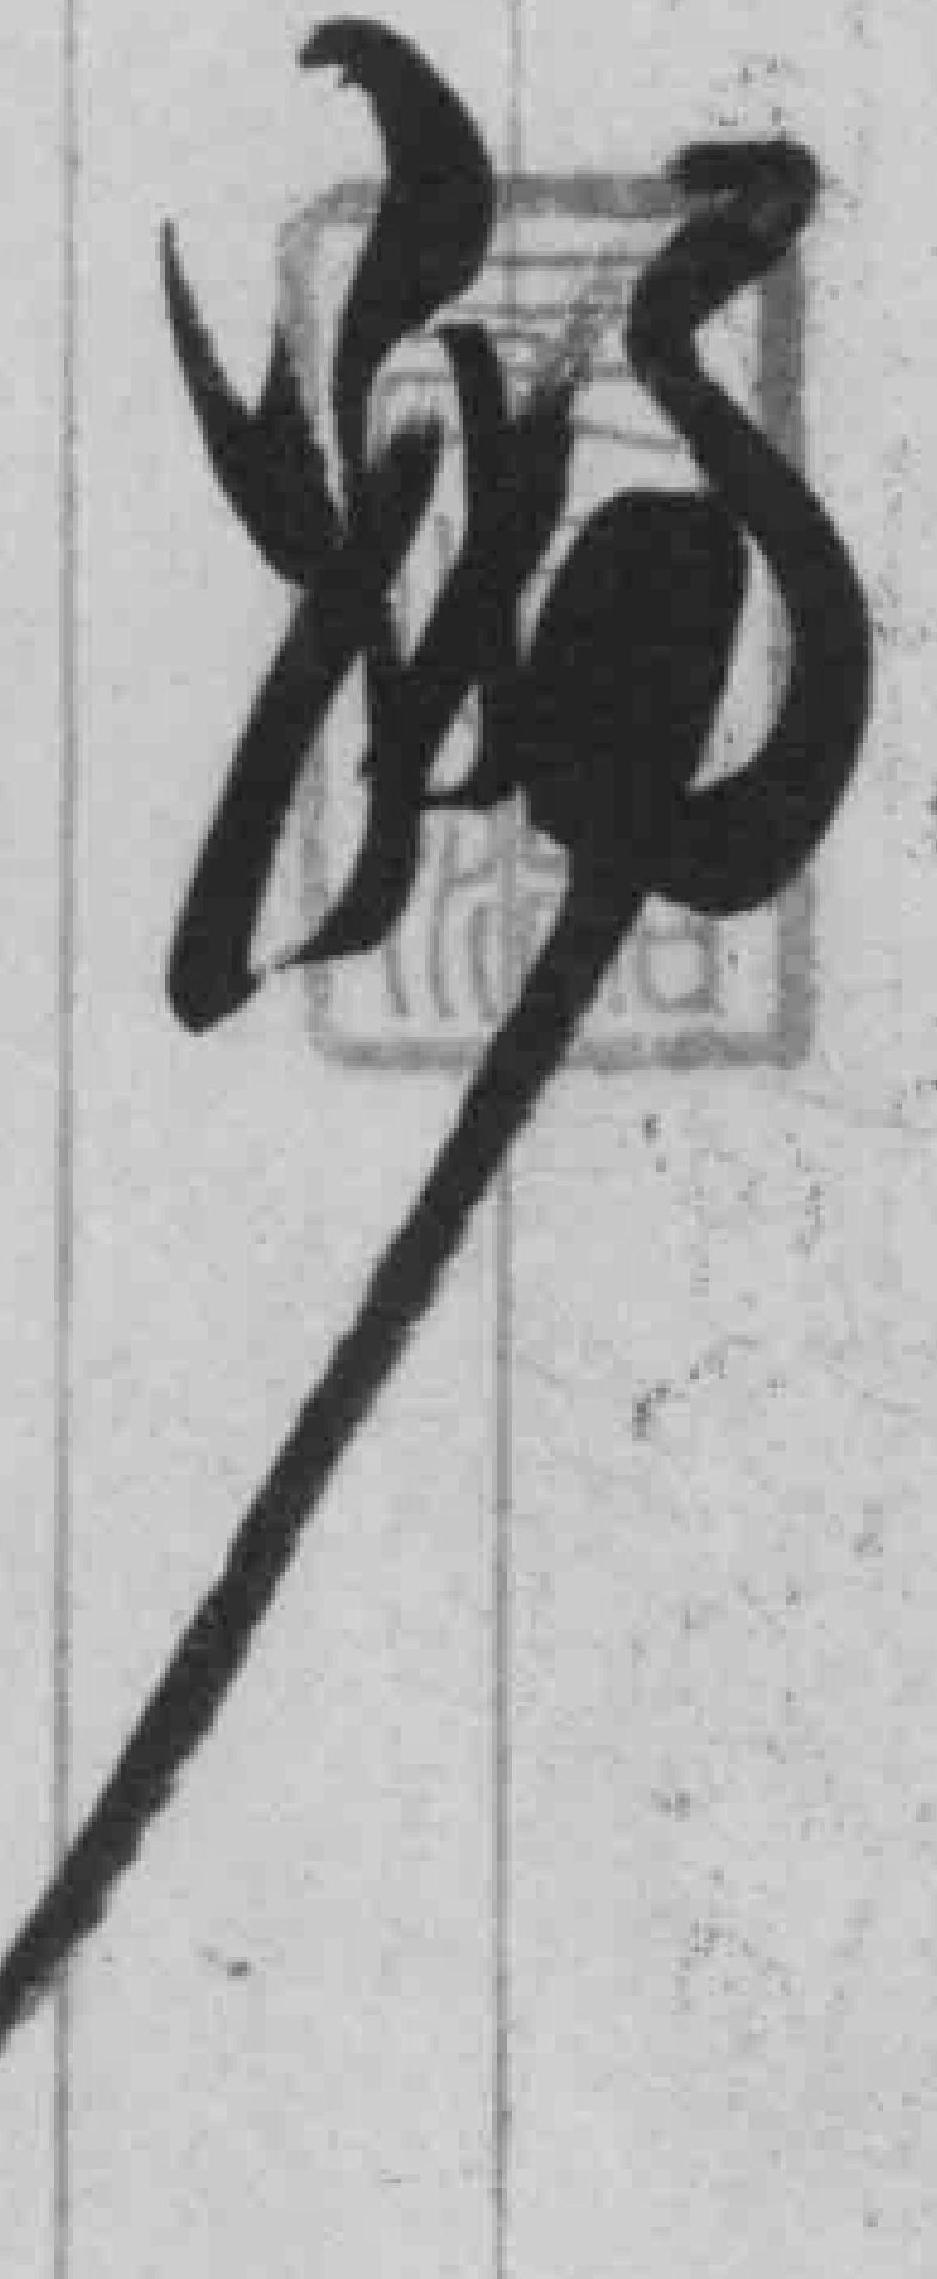
*